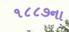
૧૮૮૭ના